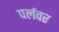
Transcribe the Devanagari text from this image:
पर्लवर